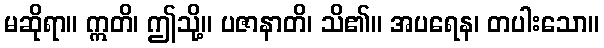
မဆိုရာ။ ဣတိ၊ ဤသို့။ ပဇာနာတိ၊ သိ၏။ အပရေန၊ တပါးသော။